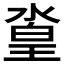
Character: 𣹛